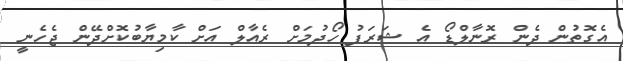
އެގޮތުން ދެން ރޮނާލްޑޯ އެ ޝަރަފު ހޯދުމަށް ރެއާލް އަށް ކާމިޔާބުކޮށްދޭން ޖެހެނީ